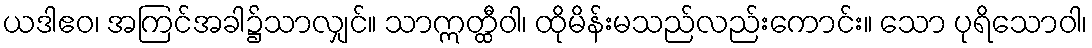
ယဒါဧဝ၊ အကြင်အခါ၌သာလျှင်။ သာဣတ္ထီဝါ၊ ထိုမိန်းမသည်လည်းကောင်း။ သော ပုရိသောဝါ၊